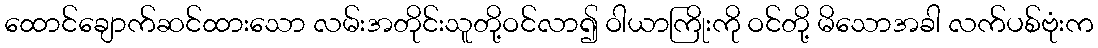
ထောင်ချောက်ဆင်ထားသော လမ်းအတိုင်းသူတို့ဝင်လာ၍ ဝါယာကြိုးကို ဝင်တို့ မိသောအခါ လက်ပစ်ဗုံးက